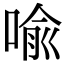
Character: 喩